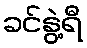
ခင်နွဲ့ရီ